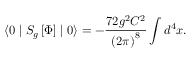
\langle 0 \mid S _ { g } \left[ \Phi \right] \mid 0 \rangle = - \frac { 7 2 g ^ { 2 } C ^ { 2 } } { \left( 2 \pi \right) ^ { 8 } } \int d ^ { 4 } x .